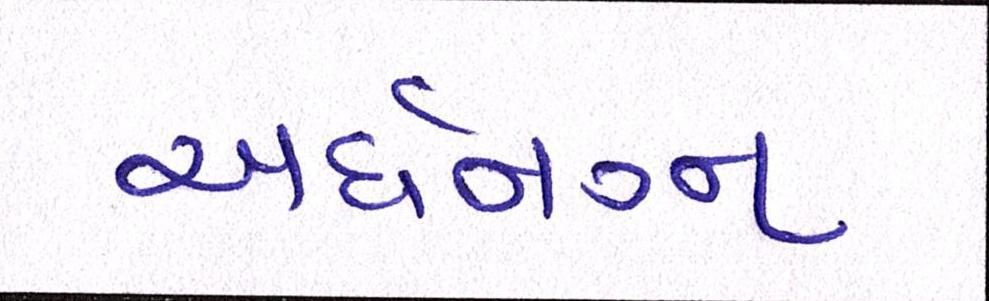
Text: અર્ધનગ્ન